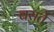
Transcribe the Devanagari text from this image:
बसर्ते